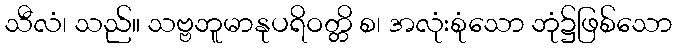
သီလံ၊ သည်။ သဗ္ဗဘူမာနုပရိဝတ္တိ စ၊ အလုံးစုံသော ဘုံ၌ဖြစ်သော